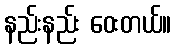
နည်းနည်း ဝေးတယ်။